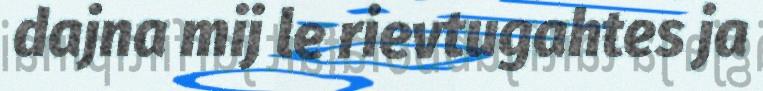
dajna mij le rievtugahtes ja